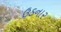
ઉડનાર